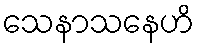
သေနာသနေဟိ